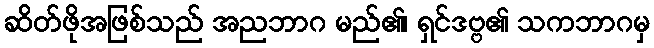
ဆိတ်ဖိုအဖြစ်သည် အညဘာဂ မည်၏၊ ရှင်ဒဗ္ဗ၏ သကဘာဂမှ